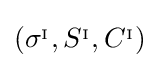
\left(\sigma ^{_{\mathrm {I} }},S^{_{\mathrm {I} }},C^{_{\mathrm {I} }}\right)